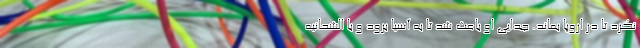
نکرد تا در اروپا بماند. جدایی او باعث شد تا به آسیا برود و با الشحانیه